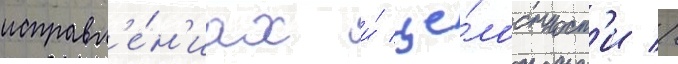
исправл'е́н'иах и́ це́лостност'и //